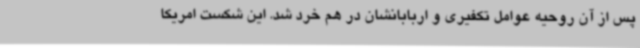
پس از آن روحیه عوامل تکفیری و اربابانشان در هم خرد شد. این شکست امریکا